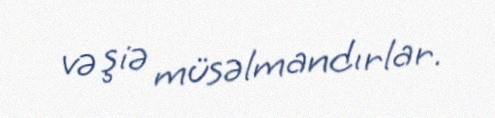
və şiə müsəlmandırlar.